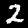
Label: 2